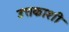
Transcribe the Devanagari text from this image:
उत्तकाशी